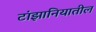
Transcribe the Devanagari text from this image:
टांझानियातील